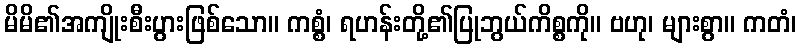
မိမိ၏အကျိုးစီးပွားဖြစ်သော။ ကစ္စံ၊ ရဟန်းတို့၏ပြုဘွယ်ကိစ္စကို။ ဗဟု၊ များစွာ။ ကတံ၊